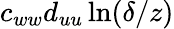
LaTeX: c_{ww}d_{uu}\ln(\delta/z)